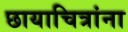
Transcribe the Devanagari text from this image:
छायाचित्रांना